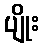
ပျိုး